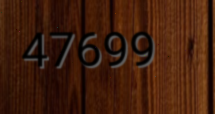
47699